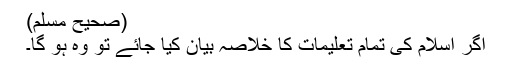
(صحیح مسلم)
اگر اسلام کی تمام تعلیمات کا خلاصہ بیان کیا جائے تو وہ ہو گا۔